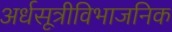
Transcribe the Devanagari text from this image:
अर्धसूत्रीविभाजनिक